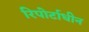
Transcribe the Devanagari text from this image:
रिपोर्टाधीन